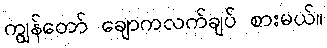
ကျွန်တော် ချောကလက်ချပ် စားမယ်။